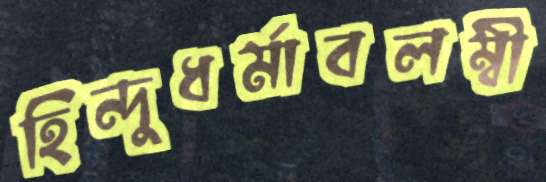
হিন্দুধর্মাবলম্বী